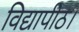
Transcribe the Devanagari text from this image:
विद्यापीठ।